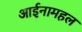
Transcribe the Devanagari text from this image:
आईनामहल